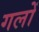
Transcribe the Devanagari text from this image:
गलों